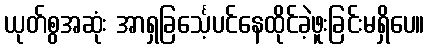
ယုတ်စွအဆုံး အာရှခြင်္သေ့ပင်နေထိုင်ခဲ့ဖူးခြင်းမရှိပေ။